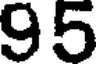
95